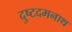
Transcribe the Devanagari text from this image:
दुष्टदमनाथ